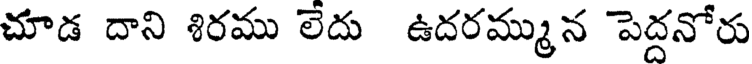
చూడ దాని శిరము లేదు ఉదరమ్మున పెద్దనోరు